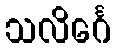
သလိင်္ဂေ